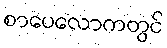
စာပေလောကတွင်